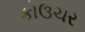
કોઉચર